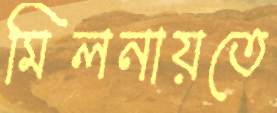
মিলনায়তে